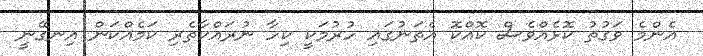
އެންމެ ވަގުތު ކޮޅެއްވެސް ކޮއްކޮ އެތަނުގައި ހުރުމަކީ ކިހާ ނުރައްކާތެރި ކަމެއްކަން އިނގޭނީ